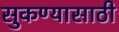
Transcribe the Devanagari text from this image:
सुकण्यासाठी